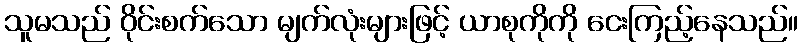
သူမသည် ဝိုင်းစက်သော မျက်လုံးများဖြင့် ယာစုကိုကို ငေးကြည့်နေသည်။